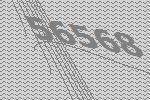
56568